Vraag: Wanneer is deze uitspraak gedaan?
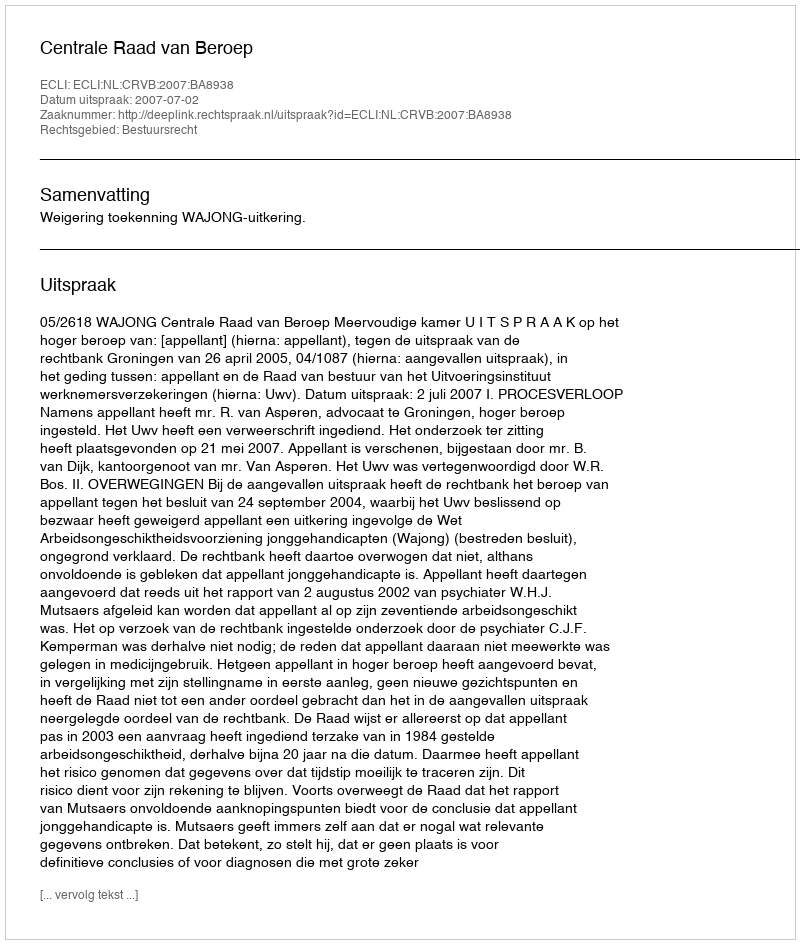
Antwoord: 2007-07-02